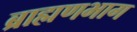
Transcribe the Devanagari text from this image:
ब्राह्मणभाग